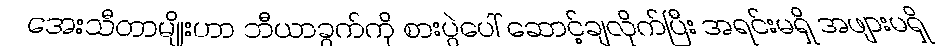
အေးသီတာမျိုးဟာ ဘီယာခွက်ကို စားပွဲပေါ် ဆောင့်ချလိုက်ပြီး အရင်းမရှိ အဖျားမရှိ